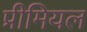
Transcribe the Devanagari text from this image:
प्रीमियल